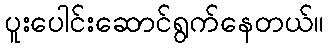
ပူးပေါင်းဆောင်ရွက်နေတယ်။